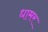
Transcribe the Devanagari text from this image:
धामर